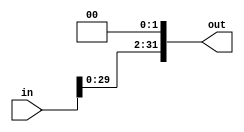
module shift_left_2(in, out);
	input [31:0]in;
	output [31:0]out;
	assign out = in << 2;
endmodule